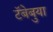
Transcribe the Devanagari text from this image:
टॅबेबुया